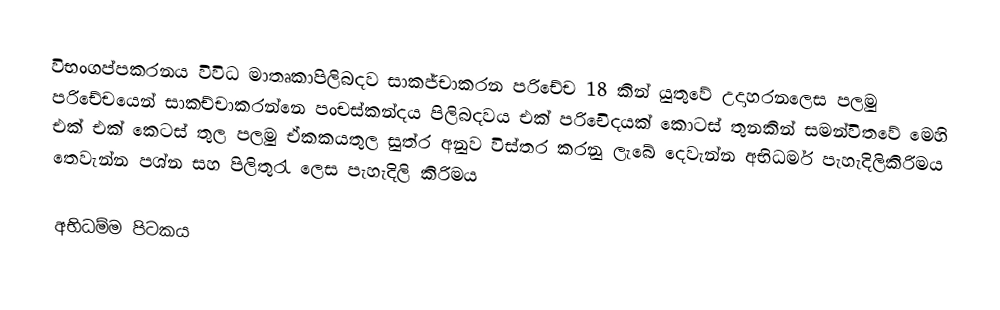
විභංගප්පකරනය විවිධ මාතෘකාපිලිබදව සාකජ්චාකරන පරිචේච 18 කින් යුතුවේ උදාහරනලෙස පලමු පරිචේචයෙන් සාකච්චාකරන්නෙ පංචස්කන්දය පිලිබදවය එක් පරිචෙිදයක් කොටස් තුනකින් සමන්විතවේ මෙහි එක් එක් කෙටස් තුල පලමු ඒකකයතුල  සුත්ර අනුව විස්තර කරනු ලැබේ දෙවැන්න අභිධර්ම පැහැදිලිකිරිමය තෙවැන්න පශ්න සහ පිලිතුරැ ලෙස පැහැදිලි කිරිමය

අභිධම්ම පිටකය